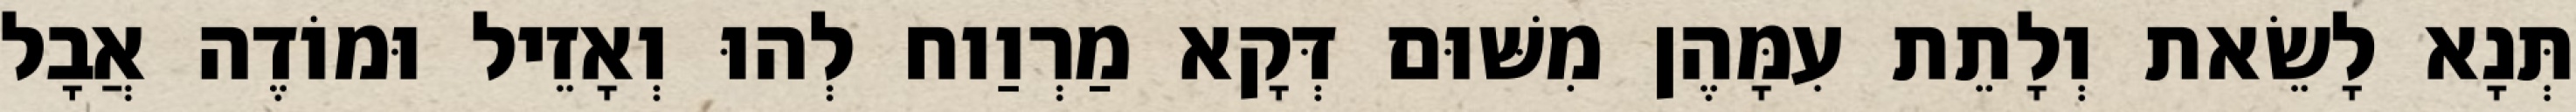
תְּנָא לָשֵׂאת וְלָתֵת עִמָּהֶן מִשּׁוּם דְּקָא מַרְוַוח לְהוּ וְאָזֵיל וּמוֹדֶה אֲבָל